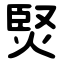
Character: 㷂